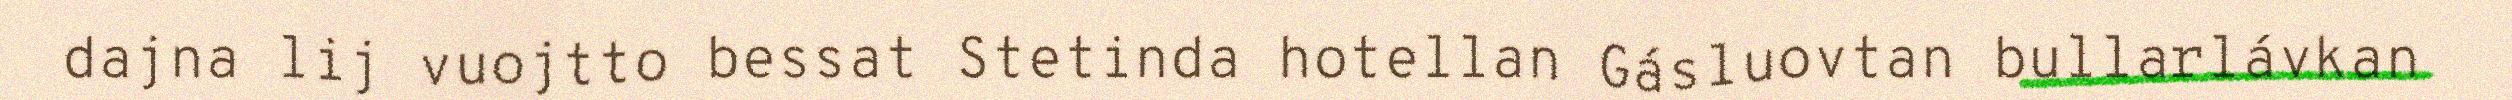
dajna lij vuojtto bessat Stetinda hotellan Gásluovtan bullarlávkan